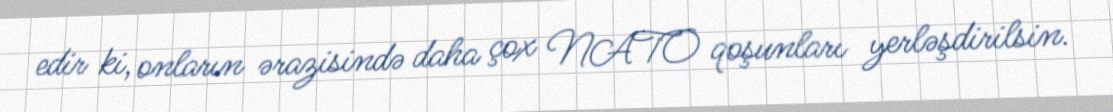
edir ki, onların ərazisində daha çox NATO qoşunları yerləşdirilsin.